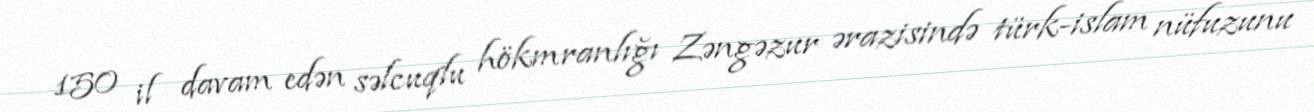
150 il davam edən səlcuqlu hökmranlığı Zəngəzur ərazisində türk-islam nüfuzunu